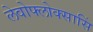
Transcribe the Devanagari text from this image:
लेवोफ्लोक्सासिं